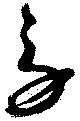
労